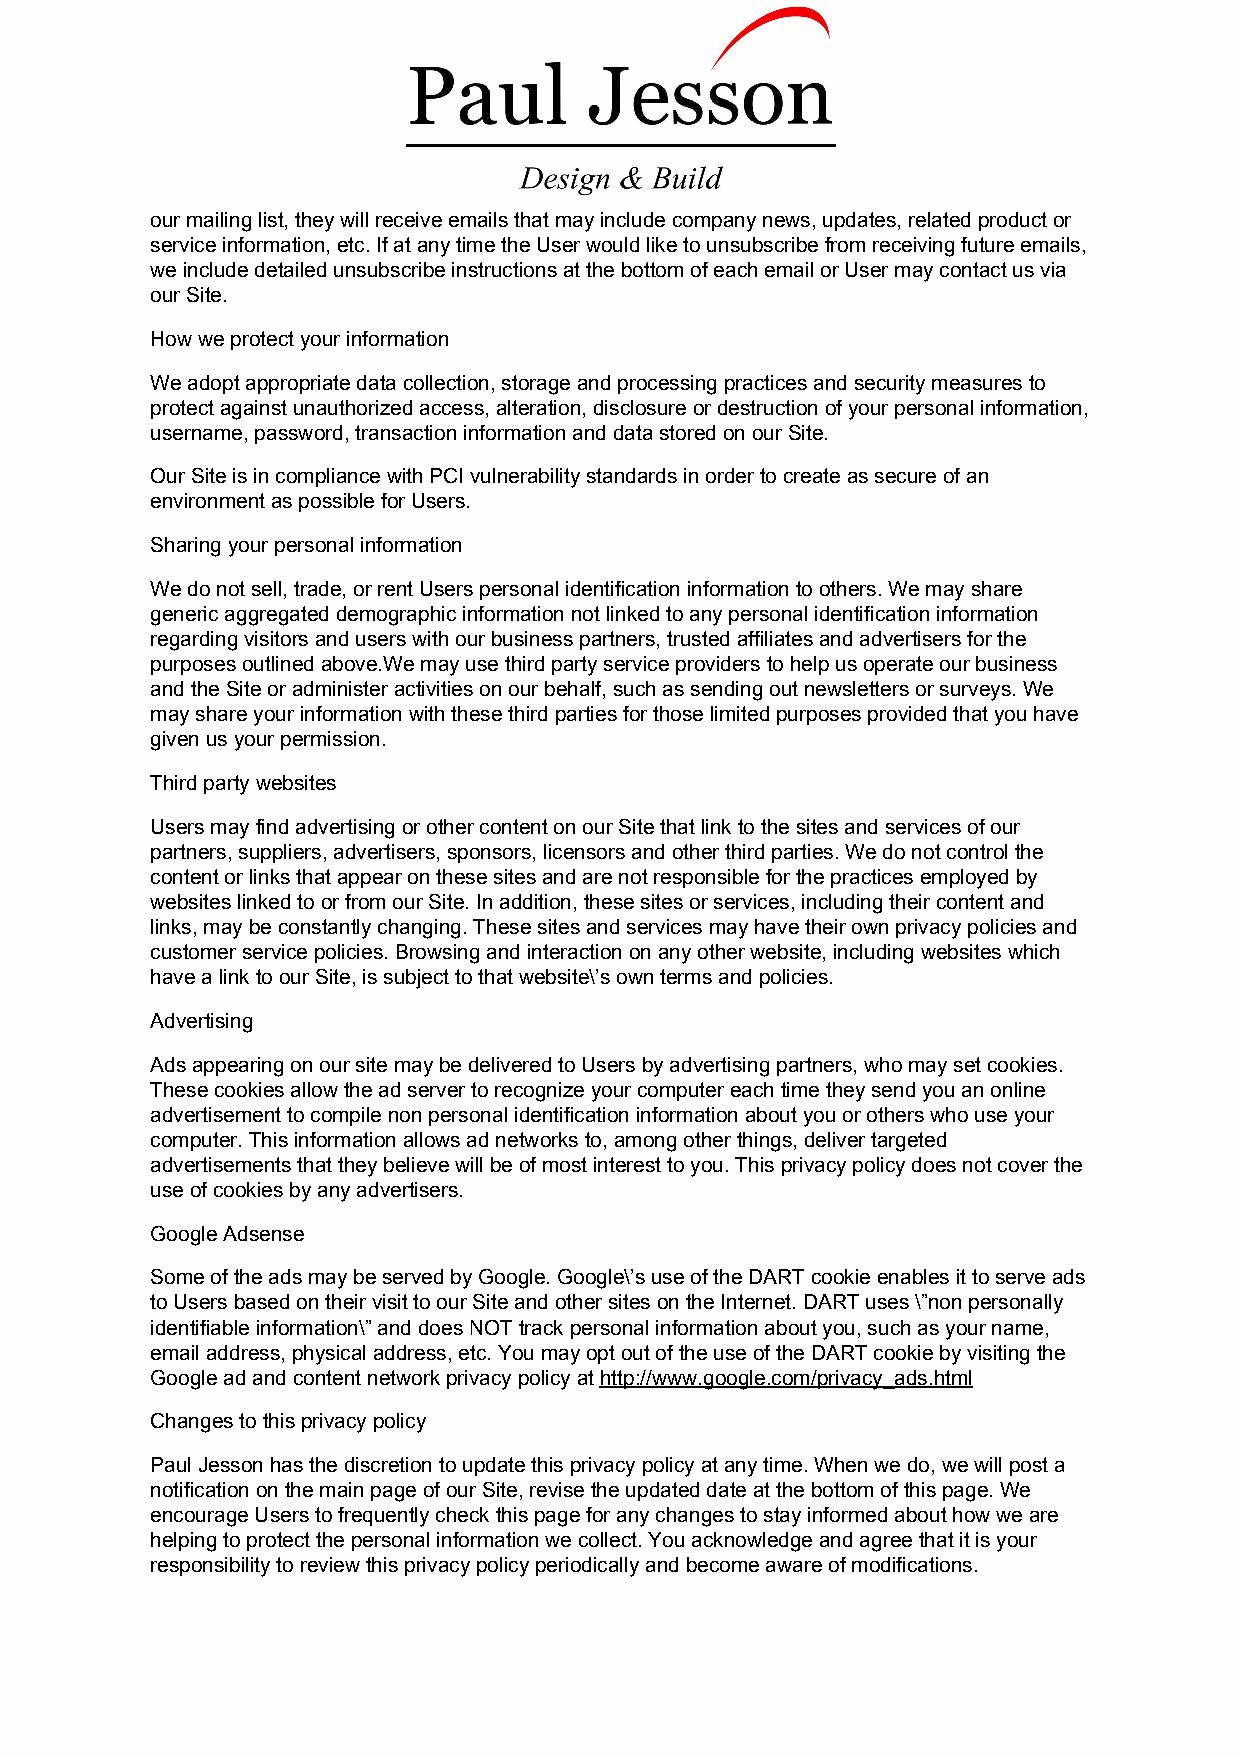
our mailing list, they will receive emails that may include company news, updates, related product or
 service information, etc. If at any time the User would like to unsubscribe from receiving future emails,
 we include detailed unsubscribe instructions at the bottom of each email or User may contact us via
 our Site.
 How we protect your information
 We adopt appropriate data collection, storage and processing practices and security measures to
 protect against unauthorized access, alteration, disclosure or destruction of your personal information,
 username, password, transaction information and data stored on our Site.
 Our Site is in compliance with PCI vulnerability standards in order to create as secure of an
 environment as possible for Users.
 Sharing your personal information
 We do not sell, trade, or rent Users personal identification information to others. We may share
 generic aggregated demographic information not linked to any personal identification information
 regarding visitors and users with our business partners, trusted affiliates and advertisers for the
 purposes outlined above.We may use third party service providers to help us operate our business
 and the Site or administer activities on our behalf, such as sending out newsletters or surveys. We
 may share your information with these third parties for those limited purposes provided that you have
 given us your permission.
 Third party websites
 Users may find advertising or other content on our Site that link to the sites and services of our
 partners, suppliers, advertisers, sponsors, licensors and other third parties. We do not control the
 content or links that appear on these sites and are not responsible for the practices employed by
 websites linked to or from our Site. In addition, these sites or services, including their content and
 links, may be constantly changing. These sites and services may have their own privacy policies and
 customer service policies. Browsing and interaction on any other website, including websites which
 have a link to our Site, is subject to that website\’s own terms and policies.
 Advertising
 Ads appearing on our site may be delivered to Users by advertising partners, who may set cookies.
 These cookies allow the ad server to recognize your computer each time they send you an online
 advertisement to compile non personal identification information about you or others who use your
 computer. This information allows ad networks to, among other things, deliver targeted
 advertisements that they believe will be of most interest to you. This privacy policy does not cover the
 use of cookies by any advertisers.
 Google Adsense
 Some of the ads may be served by Google. Google\’s use of the DART cookie enables it to serve ads
 to Users based on their visit to our Site and other sites on the Internet. DART uses \”non personally
 identifiable information\” and does NOT track personal information about you, such as your name,
 email address, physical address, etc. You may opt out of the use of the DART cookie by visiting the
 Google ad and content network privacy policy at http://www.google.com/privacy_ads.html
 ​
 Changes to this privacy policy
 Paul Jesson has the discretion to update this privacy policy at any time. When we do, we will post a
 notification on the main page of our Site, revise the updated date at the bottom of this page. We
 encourage Users to frequently check this page for any changes to stay informed about how we are
 helping to protect the personal information we collect. You acknowledge and agree that it is your
 responsibility to review this privacy policy periodically and become aware of modifications.